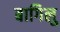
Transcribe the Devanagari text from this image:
बागिलु